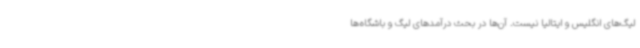
لیگ‌های انگلیس و ایتالیا نیست. آن‌ها در بحث درآمدهای لیگ و باشگاه‌ها